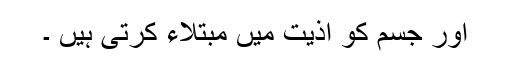
اور جسم کو اذیت میں مبتلاء کرتی ہیں ۔